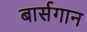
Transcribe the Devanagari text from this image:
बार्सगान